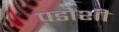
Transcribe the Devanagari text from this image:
पडोशी